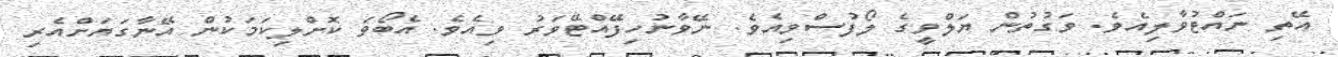
އޭތި ނައްޓުވާލިއެވެ. ވަގުތުން ޔަލްވީގެ ލޯފުސްވިއެވެެ. ނޭވާނުހިފޭއްޓޭވަރު ވިއެވެ. އެބޯވަ ކޮށްލިކަމަކުން އޭނާގަޔަށްއެރި